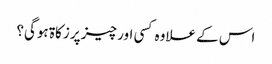
اس کے علاوہ کسی اور چیز پر زکاۃ ہوگی؟